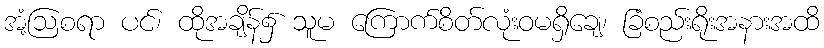
အံ့ဩစရာ ပင်၊ ထိုအချိန်၌ သူမ ကြောက်စိတ်လုံးဝမရှိချေ၊ ခြံစည်းရိုးအနားအထိ